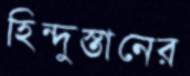
হিন্দুস্তানের